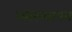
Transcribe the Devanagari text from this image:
व्याख्यायन